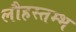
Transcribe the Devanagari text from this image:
लौहस्तम्भ